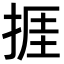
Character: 捱